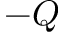
- Q